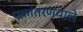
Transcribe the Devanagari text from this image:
एकांतरणवाले